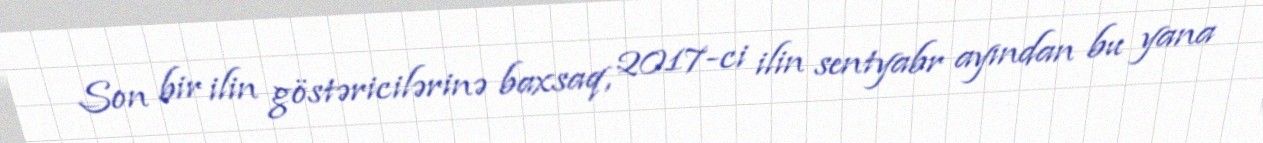
Son bir ilin göstəricilərinə baxsaq, 2017-ci ilin sentyabr ayından bu yana